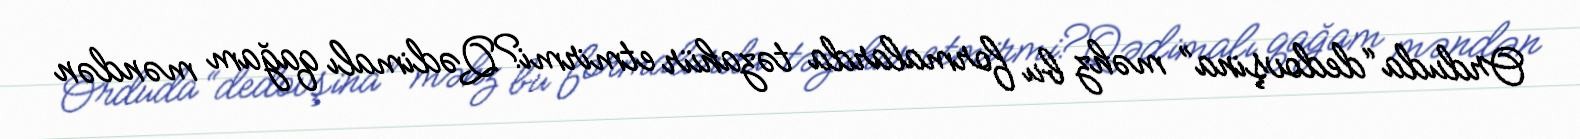
Orduda “dedovşina” məhz bu formalarda təzahür etmirmi?Qədimalı qağam məndən